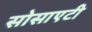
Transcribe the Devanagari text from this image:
सोसाएटी